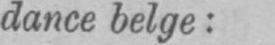
dance belge: